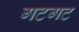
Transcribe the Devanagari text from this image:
गटगट